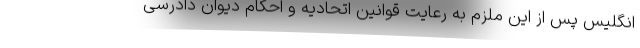
انگلیس پس از این ملزم به رعایت قوانین اتحادیه و احکام دیوان دادرسی